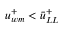
u _ { w m } ^ { + } < \bar { u } _ { L L } ^ { + }